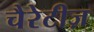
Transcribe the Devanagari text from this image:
चैरेटीज़